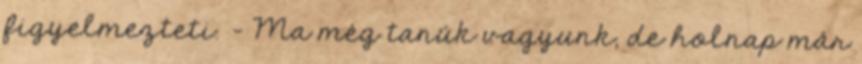
figyelmezteti. – Ma még tanúk vagyunk, de holnap már